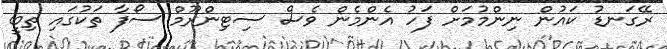
ރޭގަނޑު ކައުން ނިންމުމަށް ފަހު އެންމެން ވެސް ސިޓިންރޫމް ސޯފާ ތަކުގައި ތިބީ